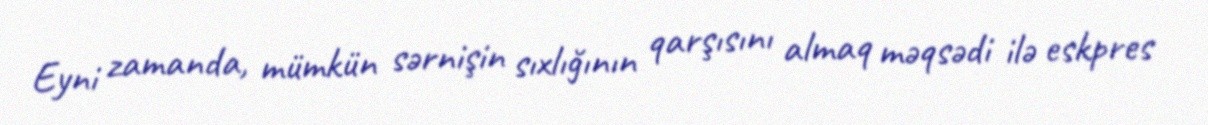
Eyni zamanda, mümkün sərnişin sıxlığının qarşısını almaq məqsədi ilə eskpres